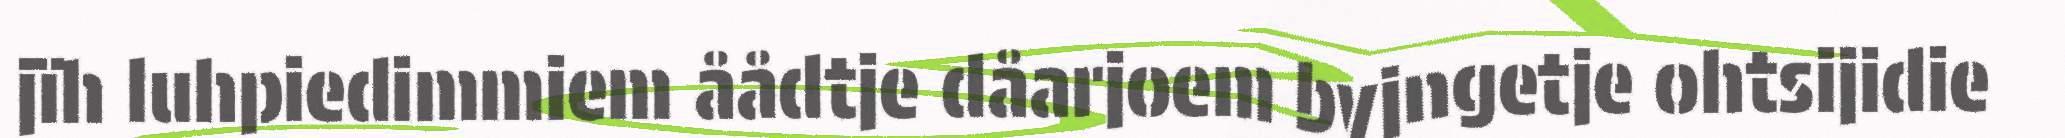
jïh luhpiedimmiem åådtje dåarjoem byjngetje ohtsijidie